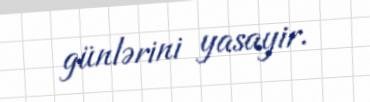
günlərini yasayir.